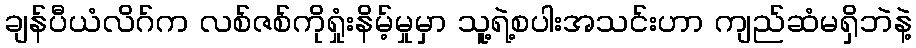
ချန်ပီယံလိဂ်က လစ်ဇစ်ကိုရှုံးနိမ့်မှုမှာ သူ့ရဲ့စပါးအသင်းဟာ ကျည်ဆံမရှိဘဲနဲ့